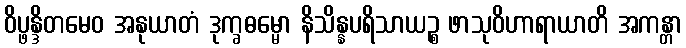
ဝိပ္ဖန္ဒိတမေဝ အနုယာတံ ဒုက္ခဓမ္မော နိသိန္နပရိသာယဉ္စ ဖာသုဝိဟာရာယာတိ အကန္တာ